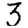
Digit: 3